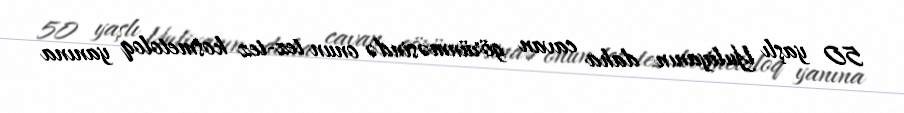
50 yaşlı Yuliyanın daha cavan görünməsində onun tez-tez kosmetoloq yanına